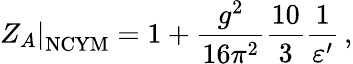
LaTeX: \left.Z_{A}\right|_{\mathrm{NCYM}}=1+\frac{g^{2}}{16\pi^{2}}\frac{10}{3}\frac{1}{\varepsilon^{\prime}}\, ,